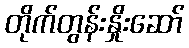
တိုက်တွန်းနှိုးဆော်